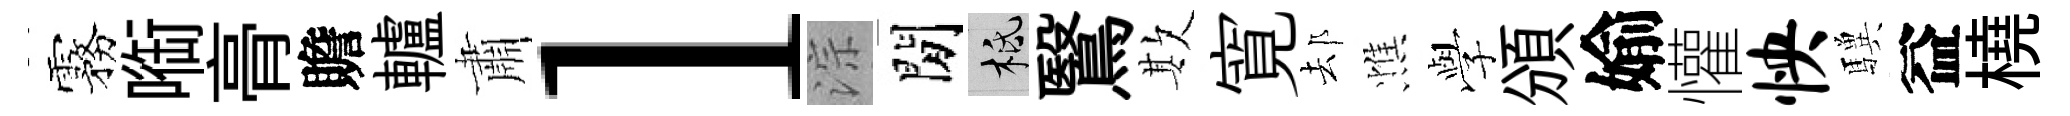
霧㗸𮌔贍轤肅l淙閒柢鷖欺寛𨚫憔𫝯頒媮懽怏驥益橈